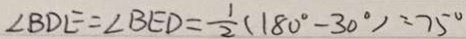
\angle B D E = \angle B E D = \frac { 1 } { 2 } ( 1 8 0 ^ { \circ } - 3 0 ^ { \circ } ) = 7 5 ^ { \circ }